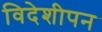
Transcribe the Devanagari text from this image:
विदेशीपन